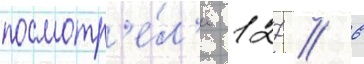
посмотр'е́л'и 127 / 6